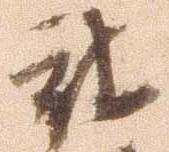
被